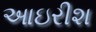
આઇરીશ